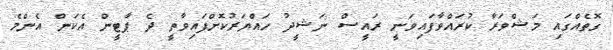
ގޮތެއްގައި މަޝްވަރާ ކުރައްވާފައިވަނީ ރައީސް ނަޝީދު ހައްޔަރުކޮށްފައިވާތީ ދެ ޕާޓީން އެކަން އެންމެ